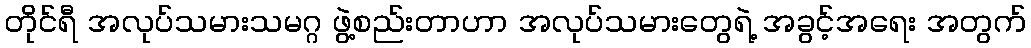
တိုင်ရီ အလုပ်သမားသမဂ္ဂ ဖွဲ့စည်းတာဟာ အလုပ်သမားတွေရဲ့ အခွင့်အရေး အတွက်